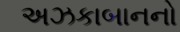
અઝકાબાનનો